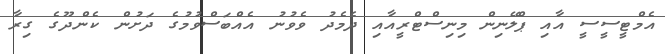
އެމްޓީސީސީ އާއި ޕްލޭނިން މިނިސްޓްރީއާއި ދެމެދު ވެވުނު އެއްބަސްވުމުގެ ދަށުން ކެންދޫގެ ގިރާ